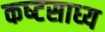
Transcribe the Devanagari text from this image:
कष्‍टसाध्‍य